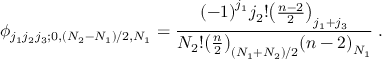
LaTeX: \phi _ { j _ { 1 } j _ { 2 } j _ { 3 } ; 0 , ( N _ { 2 } - N _ { 1 } ) / 2 , N _ { 1 } } = \frac { { ( - 1 ) } ^ { j _ { 1 } } j _ { 2 } ! { \left( \frac { n - 2 } { 2 } \right) } _ { j _ { 1 } + j _ { 3 } } } { N _ { 2 } ! { \left( \frac { n } { 2 } \right) } _ { ( N _ { 1 } + N _ { 2 } ) / 2 } { ( n - 2 ) } _ { N _ { 1 } } } \; .